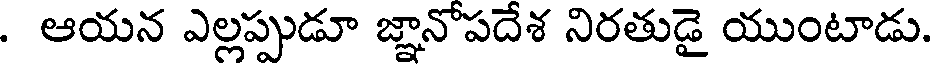
. ఆయన ఎల్లప్పుడూ జ్ఞానోపదేశ నిరతుడై యుంటాడు.